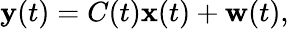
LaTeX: \mathbf{y}(t)=C(t)\mathbf{x}(t)+\mathbf{w}(t),